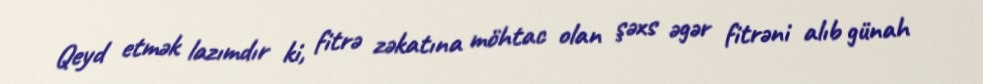
Qeyd etmək lazımdır ki, fitrə zəkatına möhtac olan şəxs əgər fitrəni alıb günah